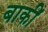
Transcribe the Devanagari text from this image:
बाकीं